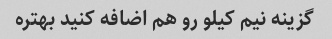
گزینه نیم کیلو رو هم اضافه کنید بهتره